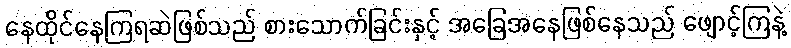
နေထိုင်နေကြရဆဲဖြစ်သည် စားသောက်ခြင်းနှင့် အခြေအနေဖြစ်နေသည် ဖျောင့်ကြနဲ့